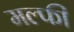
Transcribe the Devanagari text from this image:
मल्फी